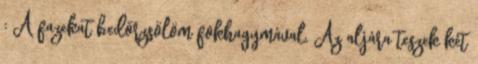
: A fazekat bedörzsölöm fokhagymával. Az aljára teszek két